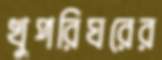
খুপরিঘরের